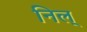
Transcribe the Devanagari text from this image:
निल्